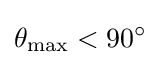
\theta _{\text{max}}<90^{\circ }